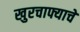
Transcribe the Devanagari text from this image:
खुरचाफ्याचे